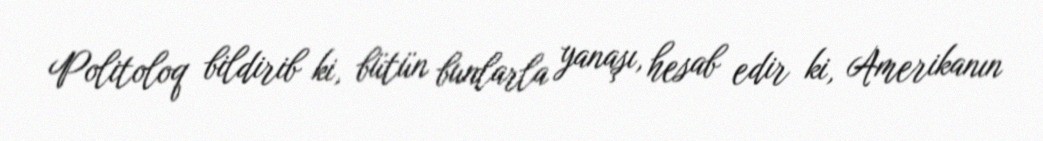
Politoloq bildirib ki, bütün bunlarla yanaşı, hesab edir ki, Amerikanın